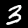
Label: 3